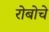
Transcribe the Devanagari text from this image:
रोबोचे